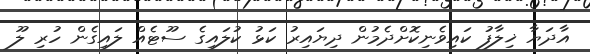
އާދަޔާ ޚިލާފު ކައިވެނިކޮށްދެމުން ދިޔައިރު ކަޅު ކުލައިގެ ސޫޓެއް ލައިގެން ހުރި ލޫ